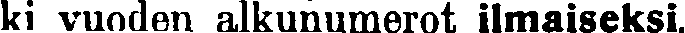
ki vuoden alkunumerot ilmaiseksi.